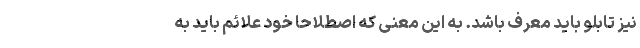
نیز تابلو باید معرف باشد. به این معنی که اصطلاحا خود علائم باید به